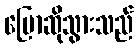
ပြောဆိုသွားသည်